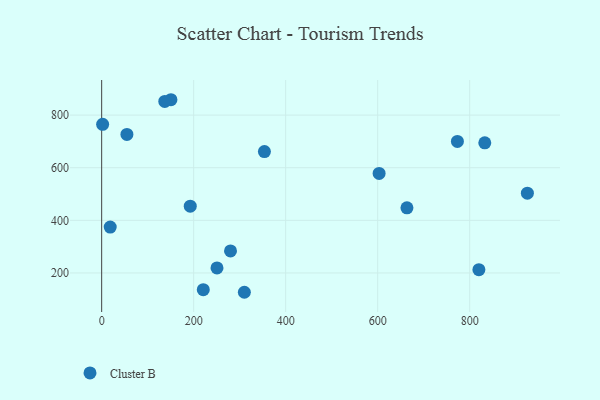
{"axis": {"x": "Ad Spend", "y": "Rating"}, "legend": ["Cluster B"], "data": [{"x": "150.6", "y": 858.5, "type": "Cluster B"}, {"x": "925.4", "y": 503.3, "type": "Cluster B"}, {"x": "2.1", "y": 765.0, "type": "Cluster B"}, {"x": "54.9", "y": 726.6, "type": "Cluster B"}, {"x": "18.6", "y": 374.6, "type": "Cluster B"}, {"x": "603.1", "y": 578.5, "type": "Cluster B"}, {"x": "663.6", "y": 447.5, "type": "Cluster B"}, {"x": "192.6", "y": 454.0, "type": "Cluster B"}, {"x": "250.7", "y": 219.2, "type": "Cluster B"}, {"x": "137.2", "y": 852.1, "type": "Cluster B"}, {"x": "832.8", "y": 694.6, "type": "Cluster B"}, {"x": "280.1", "y": 283.6, "type": "Cluster B"}, {"x": "773.3", "y": 699.9, "type": "Cluster B"}, {"x": "310.2", "y": 126.6, "type": "Cluster B"}, {"x": "820.0", "y": 212.5, "type": "Cluster B"}, {"x": "353.8", "y": 661.6, "type": "Cluster B"}, {"x": "220.9", "y": 136.5, "type": "Cluster B"}]}